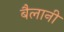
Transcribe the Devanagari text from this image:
बैलानी